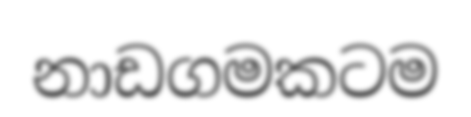
නාඩගමකටම